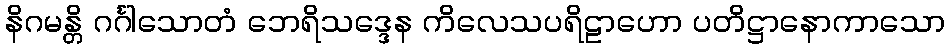
နိဂမန္တိ ဂင်္ဂါသောတံ ဘေရိသဒ္ဒေန ကိလေသပရိဠာဟော ပတိဋ္ဌာနောကာသော